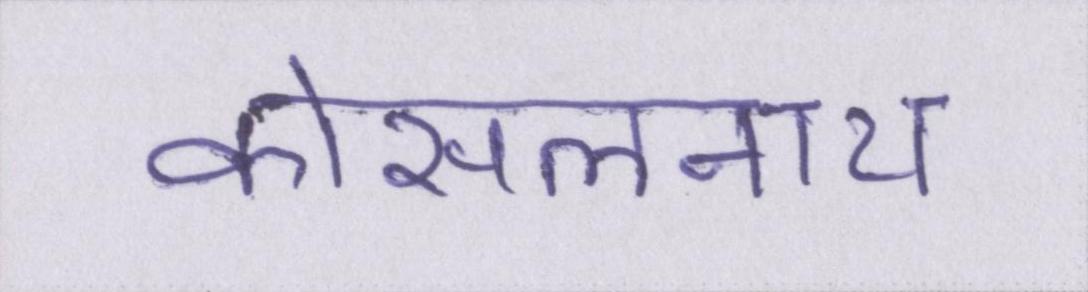
कोसलनाथ